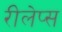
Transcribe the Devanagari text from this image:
रीलेप्स